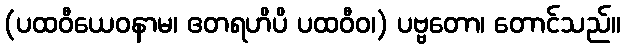
(ပထဝီယေဝနာမ၊ ဧတရဟိပိ ပထဝီဝ၊) ပဗ္ဗတော၊ တောင်သည်။